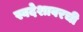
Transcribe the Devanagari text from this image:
स्वदेशावरची